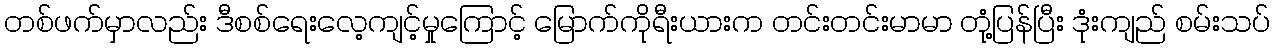
တစ်ဖက်မှာလည်း ဒီစစ်ရေးလေ့ကျင့်မှုကြောင့် မြောက်ကိုရီးယားက တင်းတင်းမာမာ တုံ့ပြန်ပြီး ဒုံးကျည် စမ်းသပ်